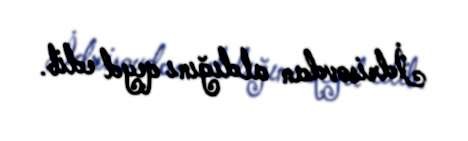
İdrisovdan aldığını qeyd edib.